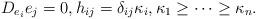
LaTeX: \begin{align*}D_{e_i}e_j=0,h_{ij}=\delta_{ij}\kappa_i,\kappa_1\geq \cdots\geq \kappa_n.\end{align*}